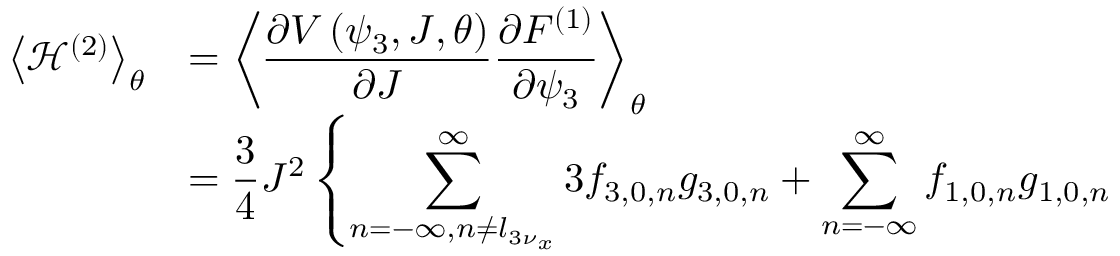
\begin{array} { c l } { \displaystyle \left< { \mathcal { H } ^ { \left( 2 \right) } } \right> _ { \theta } } & { = \displaystyle \left< { \frac { \partial V \left( \psi _ { 3 } , J , \theta \right) } { \partial J } \frac { \partial F ^ { ( 1 ) } } { \partial \psi _ { 3 } } } \right> _ { \theta } } \\ { \displaystyle } & { = \displaystyle \frac { 3 } { 4 } { J } ^ { 2 } \left\{ \sum _ { n = - \infty , n \neq l _ { 3 \nu _ { x } } } ^ { \infty } { 3 f _ { 3 , 0 , n } g _ { 3 , 0 , n } } + \sum _ { n = - \infty } ^ { \infty } { f _ { 1 , 0 , n } g _ { 1 , 0 , n } } \right. } \end{array}